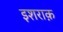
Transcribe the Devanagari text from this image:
इशराक़